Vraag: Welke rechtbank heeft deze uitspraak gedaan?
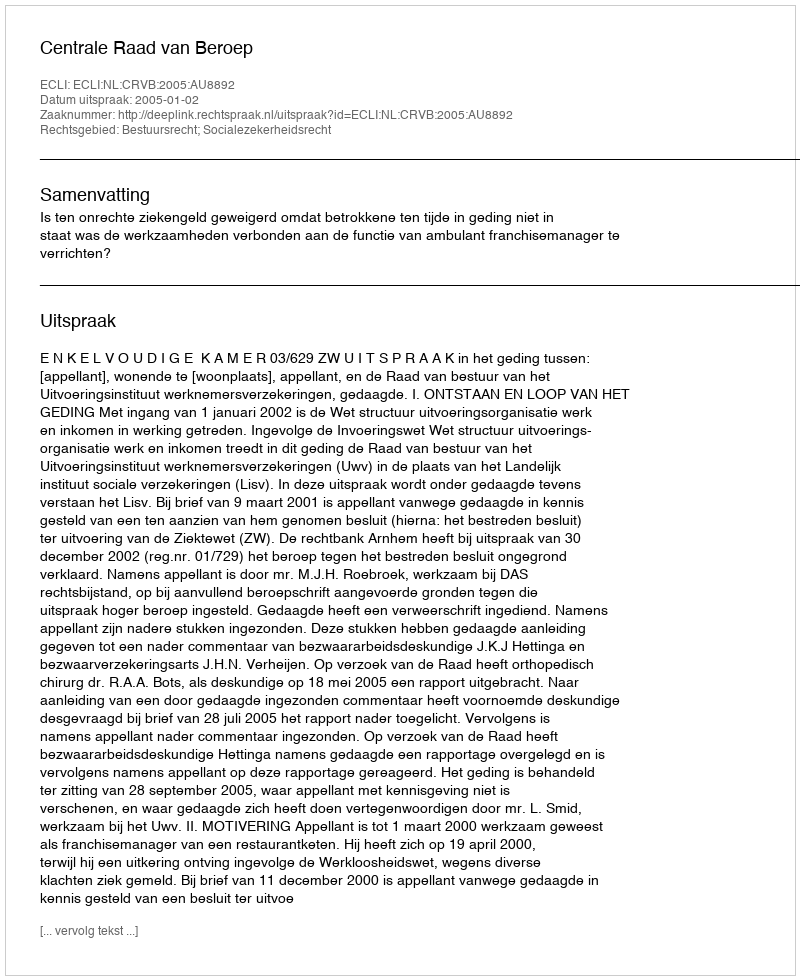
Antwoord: Centrale Raad van Beroep